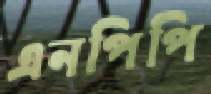
এনপিপি